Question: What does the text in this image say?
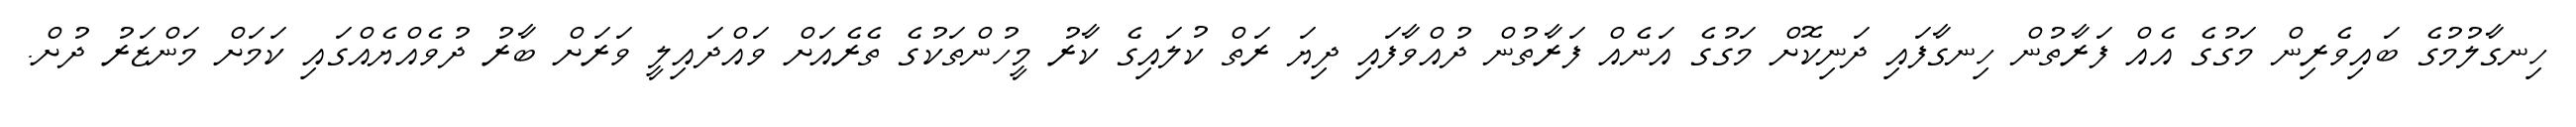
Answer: ހިނގާލުމުގެ ބައިވެރިން މަގުގެ އެއް ފަރާތުން ހިނގާފައި ދަނިކޮށް މަގުގެ އަނެއް ފަރާތުން ދުއްވާފައި ދިޔަ ރަތް ކުލައިގެ ކާރު މީހުންތަކުގެ ތެރެއަށް ވައްދައިލީ ވަރަށް ބާރު ދުވެއްޔެއްގައި ކަމަށް މަންޒަރު ދުށް.